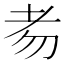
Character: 𦒶